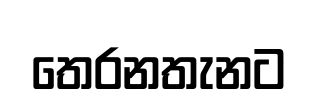
තෙරනතැනට